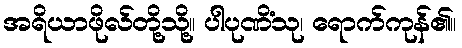
အရိယာဖိုလ်တို့သို့။ ပါပုဏိံသု၊ ရောက်ကုန်၏။